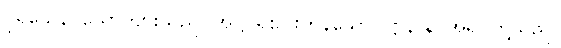
ပုရိသေန၊ ယောကျ်ားသည်။ အဋ္ဌ၊ ရှစ်ပါးကုန်သော။ ဋ္ဌာနာနိ၊ အရပ်တို့သည်။